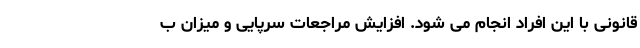
قانونی با این افراد انجام می شود. افزایش مراجعات سرپایی و میزان ب